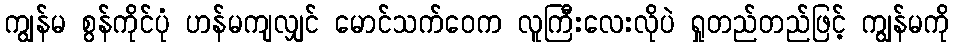
ကျွန်မ စွန်ကိုင်ပုံ ဟန်မကျလျှင် မောင်သက်ဝေက လူကြီးလေးလိုပဲ ရှုတည်တည်ဖြင့် ကျွန်မကို